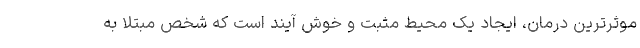
موثرترین درمان، ایجاد یک محیط مثبت و خوش آیند است که شخص مبتلا به